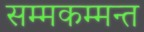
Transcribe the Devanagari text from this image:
सम्मकम्मन्त